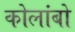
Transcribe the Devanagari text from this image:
कोलांबो